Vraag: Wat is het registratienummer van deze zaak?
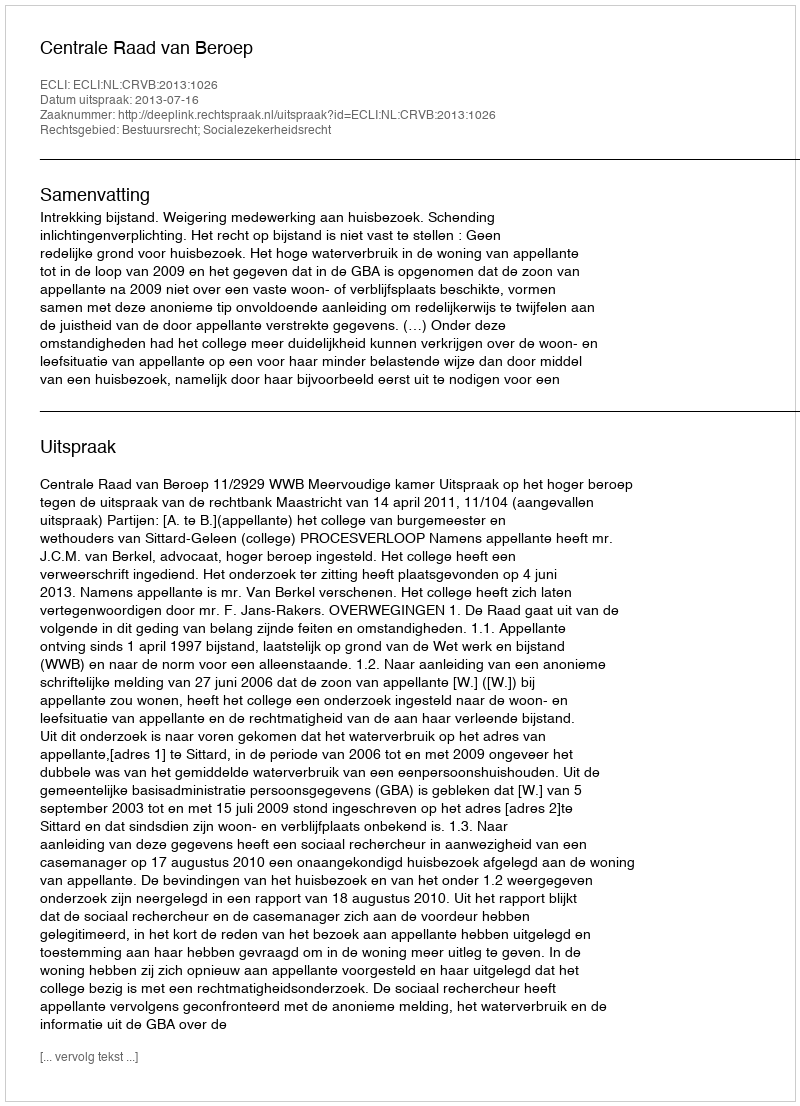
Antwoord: http://deeplink.rechtspraak.nl/uitspraak?id=ECLI:NL:CRVB:2013:1026